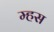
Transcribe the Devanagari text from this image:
म्हस